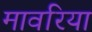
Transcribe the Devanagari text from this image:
मावरिया